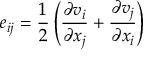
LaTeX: e _ { i j } = { \frac { 1 } { 2 } } \left( { \frac { \partial v _ { i } } { \partial x _ { j } } } + { \frac { \partial v _ { j } } { \partial x _ { i } } } \right)